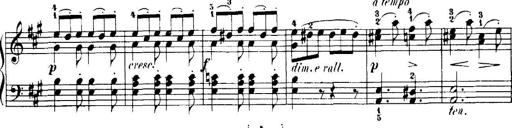
Title: 7 Sonatinas
Composer: Anton Diabelli